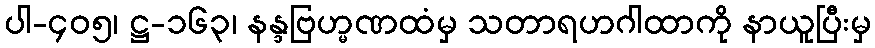
ပါ-၄၀၅၊ ဋ္ဌ-၁၆၃၊ နန္ဒဗြဟ္မဏထံမှ သတာရဟဂါထာကို နာယူပြီးမှ